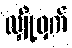
လျှို့ဝှက်